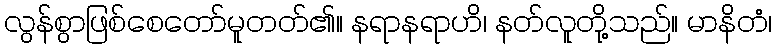
လွန်စွာဖြစ်စေတော်မူတတ်၏။ နရာနရာဟိ၊ နတ်လူတို့သည်။ မာနိတံ၊